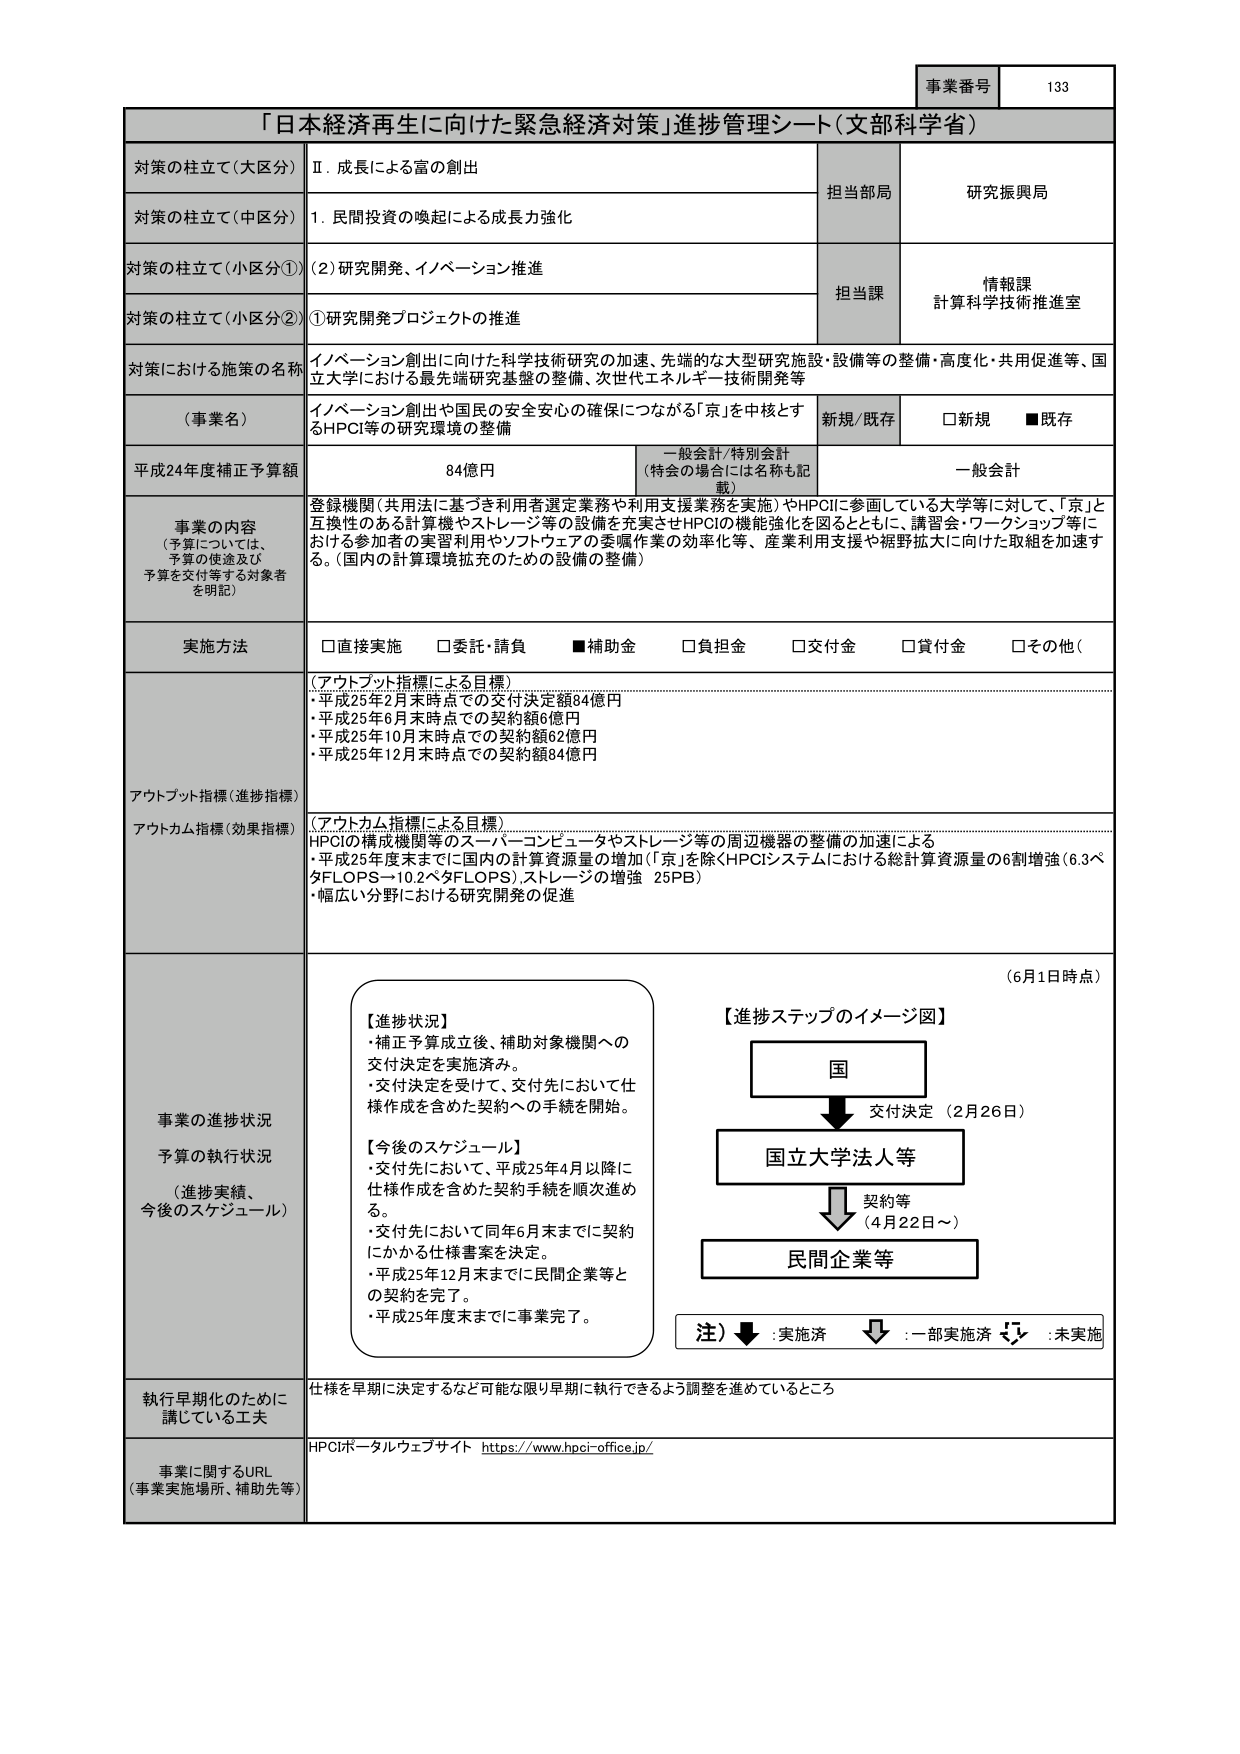
事業番号 133

「日本経済再生に向けた緊急経済対策」進捗管理シート（文部科学省）

対策の柱立て（大区分） Ⅱ．成長による富の創出 担当部局 研究振興局

対策の柱立て（中区分） 1．民間投資の喚起による成長力強化

対策の柱立て（小区分①） （2）研究開発、イノベーション推進 担当課 情報課 計算科学技術推進室

対策の柱立て（小区分②） ①研究開発プロジェクトの推進

対策における施策の名称 イノベーション創出に向けた科学技術研究の加速、先端的な大型研究施設・設備等の整備・高度化・共用促進等、国立大学における最先端研究基盤の整備、次世代エネルギー技術開発等

（事業名） イノベーション創出や国民の安全安心の確保につながる「京」を中核とするHPCI等の研究環境の整備 新規/既存 □新規 ■既存

平成24年度補正予算額 84億円 一般会計/特別会計 （特会の場合には名称も記載） 一般会計

事業の内容 （予算については、 予算の使途及び 予算を交付等する対象者 を明記） 登録機関（共用法に基づき利用者選定業務や利用支援業務を実施）やHPCIに参画している大学等に対して、「京」と互換性のある計算機やストレージ等の設備を充実させHPCIの機能強化を図るとともに、講習会・ワークショップ等における参加者の実習利用やソフトウェアの委嘱作業の効率化等、産業利用支援や裾野拡大に向けた取組を加速する。（国内の計算環境拡充のための設備の整備）

実施方法 □直接実施 □委託・請負 ■補助金 □負担金 □交付金 □貸付金 □その他（

アウトプット指標（進捗指標） （アウトプット指標による目標） ・平成25年2月末時点での交付決定額84億円 ・平成25年6月末時点での契約額6億円 ・平成25年10月末時点での契約額62億円 ・平成25年12月末時点での契約額84億円

アウトカム指標（効果指標） （アウトカム指標による目標） HPCIの構成機関等のスーパーコンピュータやストレージ等の周辺機器の整備の加速による ・平成25年度末までに国内の計算資源量の増加（「京」を除くHPCIシステムにおける総計算資源量の6割増強（6.3ペタFLOPS→10.2ペタFLOPS）、ストレージの増強 25PB） ・幅広い分野における研究開発の促進

事業の進捗状況 予算の執行状況 （進捗実績、 今後のスケジュール） 【進捗状況】 ・補正予算成立後、補助対象機関への交付決定を実施済み。 ・交付決定を受けて、交付先において仕様作成を含めた契約への手続を開始。 【今後のスケジュール】 ・交付先において、平成25年4月以降に仕様作成を含めた契約手続を順次進め る。 ・交付先において同年6月末までに契約にかかる仕様書案を決定。 ・平成25年12月末までに民間企業等との契約を完了。 ・平成25年度末までに事業完了。

（6月1日時点） 【進捗ステップのイメージ図】 国 → 交付決定（2月26日） → 国立大学法人等 → 契約等（4月22日～） → 民間企業等 注）↓：実施済 ⇓：一部実施済 ⇄：未実施

執行早期化のために講じている工夫 仕様を早期に決定するなど可能な限り早期に執行できるよう調整を進めているところ

事業に関するURL （事業実施場所、補助先等） HPCIポータルウェブサイト https://www.hpci-office.jp/